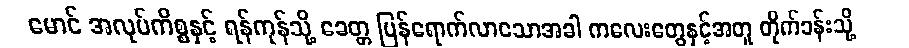
မောင် အလုပ်ကိစ္စနှင့် ရန်ကုန်သို့ ခေတ္တ ပြန်ရောက်လာသောအခါ ကလေးတွေနှင့်အတူ တိုက်ခန်းသို့